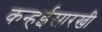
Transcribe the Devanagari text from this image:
कन्हईसारखी